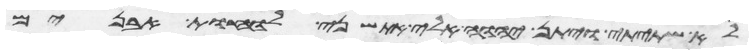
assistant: לא שתיתי ויתן יהוה אלי את שני לוחת האבנים